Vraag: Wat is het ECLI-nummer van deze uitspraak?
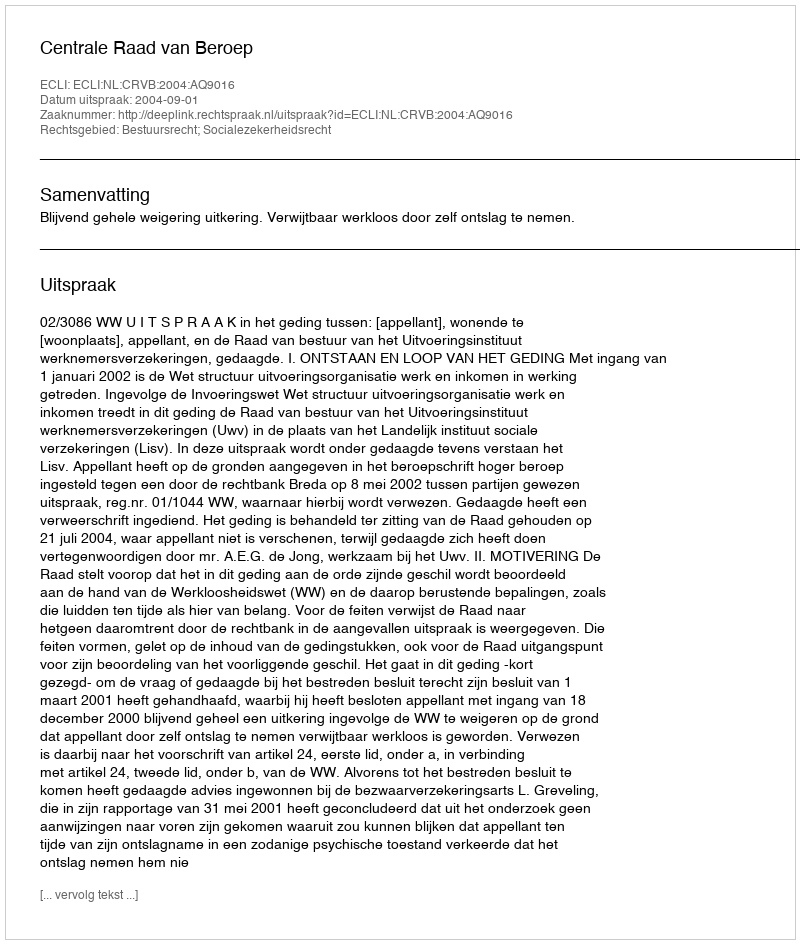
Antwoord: ECLI:NL:CRVB:2004:AQ9016